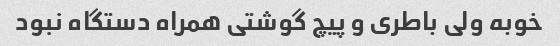
خوبه ولی باطری و پیچ گوشتی همراه دستگاه نبود